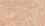
أعترفت